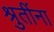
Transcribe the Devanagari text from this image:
श्रुतींना